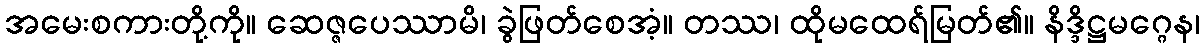
အမေးစကားတို့ကို။ ဆေဇ္ဇပေဿာမိ၊ ခွဲဖြတ်စေအံ့။ တဿ၊ ထိုမထေရ်မြတ်၏။ နိဒ္ဒိဋ္ဌမဂ္ဂေန၊